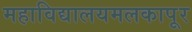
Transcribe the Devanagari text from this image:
महाविद्यालयमलकापूर